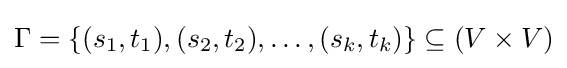
\Gamma =\{(s_{1},t_{1}),(s_{2},t_{2}),\dots ,(s_{k},t_{k})\}\subseteq (V\times V)